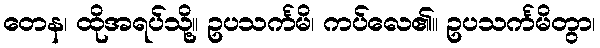
တေန၊ ထိုအရပ်သို့။ ဥပသင်္ကမိ၊ ကပ်လေ၏။ ဥပသင်္ကမိတွာ၊